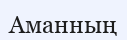
Аманның